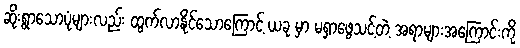
ဆိုးရွာသောပုံများလည်း ထွက်လာနိုင်သောကြောင့် ယခု မှာ မရှာဖွေသင့်တဲ့ အရာများအကြောင်းကို